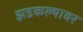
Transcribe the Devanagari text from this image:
झडकल्यावर